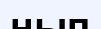
нып